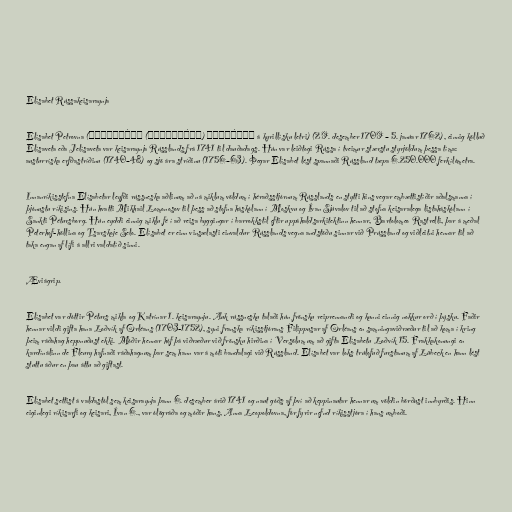
Elísabet Rússakeisaraynja

Elísabet Petrovna (Елизаве́та (Елисаве́та) Петро́вна á kyrillísku letri) (29. desember 1709 – 5. janúar 1762), einnig kölluð
Elísaveta eða Jelísaveta var keisaraynja Rússlands frá 1741 til dauðadags. Hún var leiðtogi Rússa í tveimur stærstu styrjöldum þessa tíma:
austurríska erfðastríðinu (1740–48) og sjö ára stríðinu (1756–63). Þegar Elísabet lést spannaði Rússland tæpa 6.250.000 ferkílómetra.

Innanríkisstefna Elísabetar leyfði rússneska aðlinum að ná miklum völdum í héraðsstjórnum Rússlands en stytti hins vegar embættistíðir aðalsmanna í
þjónustu ríkisins. Hún hvatti Mikhail Lomonosov til þess að stofna háskólann í Moskvu og Ívan Sjúvalov til að stofna keisaralega listaháskólann í
Sankti Pétursborg. Hún eyddi einnig miklu fé í að reisa byggingar í barrokkstíl eftir uppáhaldsarkitektinn hennar, Bartolomeo Rastrelli, þar á meðal
Peterhof-höllina og Tsarskoje Selo. Elísabet er einn vinsælasti einvaldur Rússlands vegna andstöðu sinnar við Prússland og viðleitni hennar til að
taka engan af lífi á allri valdatíð sinni.

Æviágrip.

Elísabet var dóttir Péturs mikla og Katrínar 1. keisaraynju. Auk rússnesku talaði hún frönsku reiprennandi og kunni einnig nokkur orð í þýsku. Faðir
hennar vildi gifta hana Loðvík af Orléans (1703-1752), syni franska ríkisstjórans Filippusar af Orléans en samningaviðræður til að koma í kring
þeim ráðahag heppnuðust ekki. Móðir hennar hóf þá viðræður við frönsku hirðina í Versölum um að gifta Elísabetu Loðvík 15. Frakkakonungi en
kardínálinn de Fleury hafnaði ráðahagnum þar sem hann var á móti bandalagi við Rússland. Elísabet var loks trúlofuð furstanum af Lübeck en hann lést
stuttu áður en þau áttu að giftast.

Elísabet settist á valdastól sem keisaraynja þann 6. desember árið 1741 og naut góðs af því að keppinautar hennar um völdin börðust innbyrðis. Hinn
eiginlegi ríkisarfi og keisari, Ívan 6., var ólögráða og móðir hans, Anna Leopoldovna, fór fyrir nefnd ríkisstjóra í hans umboði.